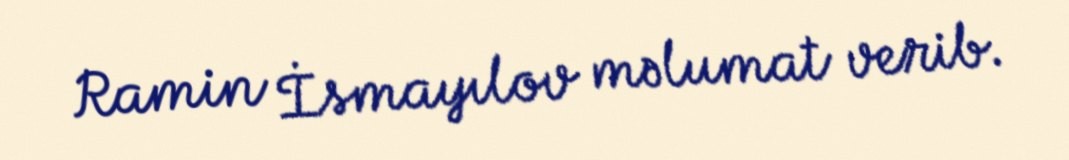
Ramin İsmayılov məlumat verib.